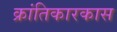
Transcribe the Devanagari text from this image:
क्रांतिकारकास